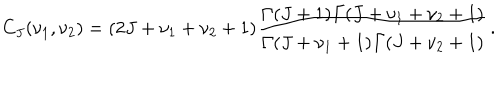
C _ { J } ( \nu _ { 1 } , \nu _ { 2 } ) = ( 2 J + \nu _ { 1 } + \nu _ { 2 } + 1 ) \frac { { \mit \Gamma } ( J + 1 ) { \mit \Gamma } ( J + \nu _ { 1 } + \nu _ { 2 } + 1 ) } { { \mit \Gamma } ( J + \nu _ { 1 } + 1 ) { \mit \Gamma } ( J + \nu _ { 2 } + 1 ) } \, .